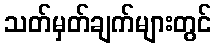
သတ်မှတ်ချက်များတွင်